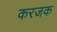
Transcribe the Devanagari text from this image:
करजक